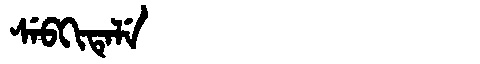
Manchu: ᠰᡝᠪᡴᡳᡨᡝᠯᡝ
Romanization: SEBKITELE